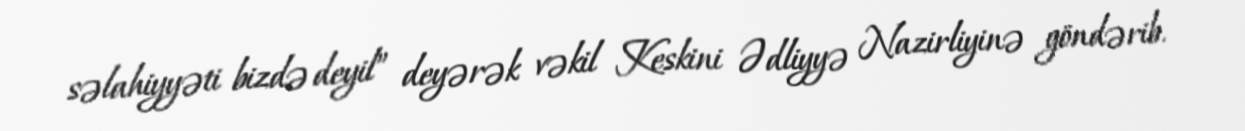
səlahiyyəti bizdə deyil” deyərək vəkil Keskini Ədliyyə Nazirliyinə göndərib.